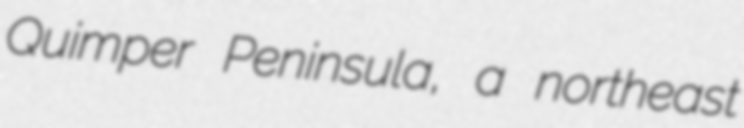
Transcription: Quimper Peninsula, a northeast